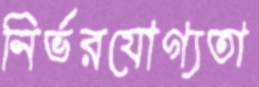
নির্ভরযোগ্যতা